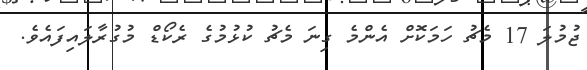
ޖުމުލަ 17 މެޗު ހަމަކޮށް އެންމެ ގިނަ މެޗު ކުޅުމުގެ ރެކޯޑް މުގުރާލައިފައެވެ.